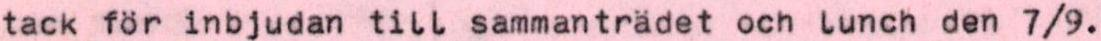
tack för inbjudan till sammanträdet och lunch den 7/9.